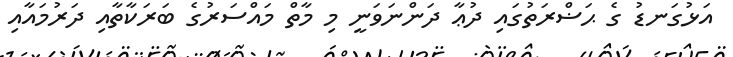
އަޅުގަނޑު ގެ ޙަޟްރަތުގައި ދުޢާ ދަންނަވަނީ މި މާތް މައްސަރުގެ ބަރަކާތާއި ދަރުމައާއި